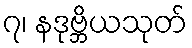
၇၊ နဒုဗ္ဘိယသုတ်